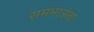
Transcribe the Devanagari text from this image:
रामभाऊंना